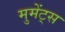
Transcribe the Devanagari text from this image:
मुमेंट्स